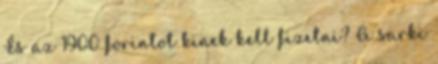
És az 1900 forintot kinek kell fizetni? A sarki